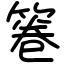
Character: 箞